Vaccination in Bombay 1856-1862 - 1856-1862
Year: 1856
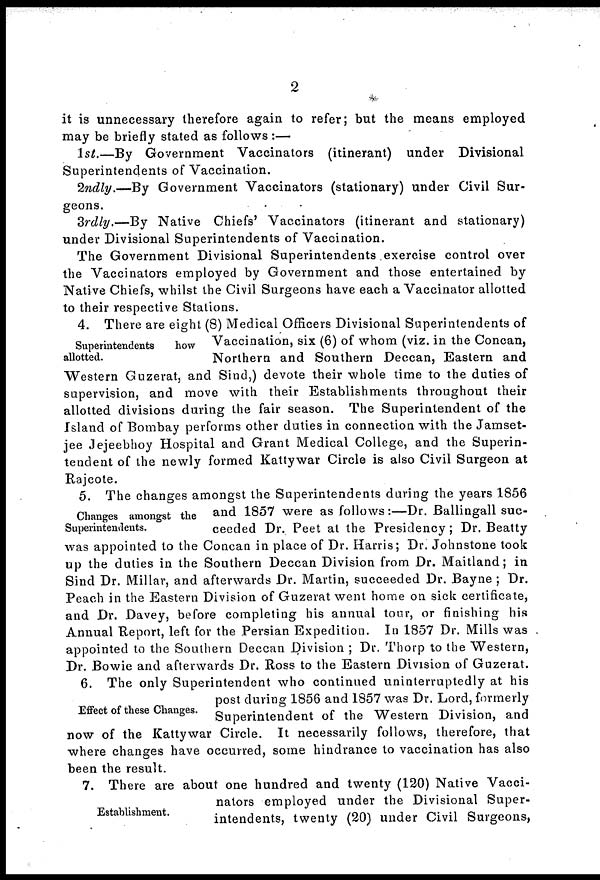
2
it is unnecessary therefore again to refer; but the means employed
may be briefly stated as follows :—
1st.—By Government Vaccinators (itinerant) under Divisional
Superintendents of Vaccination.
2ndly.—By Government Vaccinators (stationary) under Civil Sur-
geons.
3rdly.—By Native Chiefs' Vaccinators (itinerant and stationary)
under Divisional Superintendents of Vaccination.
The Government Divisional Superintendents exercise control over
the Vaccinators employed by Government and those entertained by
Native Chiefs, whilst the Civil Surgeons have each a Vaccinator allotted
to their respective Stations.
Superintendents
how
allotted.
4. There are eight (8) Medical Officers Divisional Superintendents of
Vaccination, six (6) of whom (viz. in the Concan,
Northern and Southern Deccan, Eastern and
Western Guzerat, and Sind,) devote their whole time to the duties of
supervision, and move with their Establishments throughout their
allotted divisions during the fair season. The Superintendent of the
Island of Bombay performs other duties in connection with the Jamset¬
jee Jejeebhoy Hospital and Grant Medical College, and the Superin-
tendent of the newly formed Kattywar Circle is also Civil Surgeon at
Rajcote.
Changes amongst the
Superintendents.
5. The changes amongst the Superintendents during the years 1856
and 1857 were as follows:—Dr. Ballingall suc-
ceeded Dr. Peet at the Presidency ; Dr. Beatty
was appointed to the Concan in place of Dr. Harris; Dr. Johnstone took
up the duties in the Southern Deccan Division from Dr. Maitland; in
Sind Dr. Millar, and afterwards Dr. Martin, succeeded Dr. Bayne ; Dr.
Peach in the Eastern Division of Guzerat went home on sick certificate,
and Dr. Davey, before completing his annual tour, or finishing his
Annual Report, left for the Persian Expedition. In 1857 Dr. Mills was
appointed to the Southern Deccan Division ; Dr. Thorp to the Western,
Dr. Bowie and afterwards Dr. Ross to the Eastern Division of Guzerat.
Effect of these Changes.
6. The only Superintendent who continued uninterruptedly at his
post during 1856 and 1857 was Dr. Lord, formerly
Superintendent of the Western Division, and
now of the Kattywar Circle. It necessarily follows, therefore, that
where changes have occurred, some hindrance to vaccination has also
been the result.
Establishment.
7. There are about one hundred and twenty (120) Native Vacci-
nators employed under the Divisional Super-
intendents, twenty (20) under Civil Surgeons,